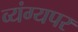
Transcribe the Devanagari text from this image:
व्यंग्यपर